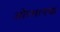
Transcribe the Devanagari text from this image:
ओस्मानचा